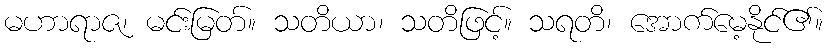
မဟာရာဇ၊ မင်းမြတ်။ သတိယာ၊ သတိဖြင့်။ သရတိ၊ အောက်မေ့နိုင်၏။